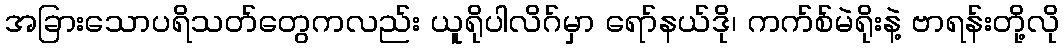
အခြားသောပရိသတ်တွေကလည်း ယူရိုပါလိဂ်မှာ ရော်နယ်ဒို၊ ကက်စ်မဲရိုးနဲ့ ဗာရန်းတို့လို